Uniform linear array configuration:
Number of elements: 24
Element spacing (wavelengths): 0.75
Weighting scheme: blackman
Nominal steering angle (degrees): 45
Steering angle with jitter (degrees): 43.267
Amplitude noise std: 0.05
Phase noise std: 0.05

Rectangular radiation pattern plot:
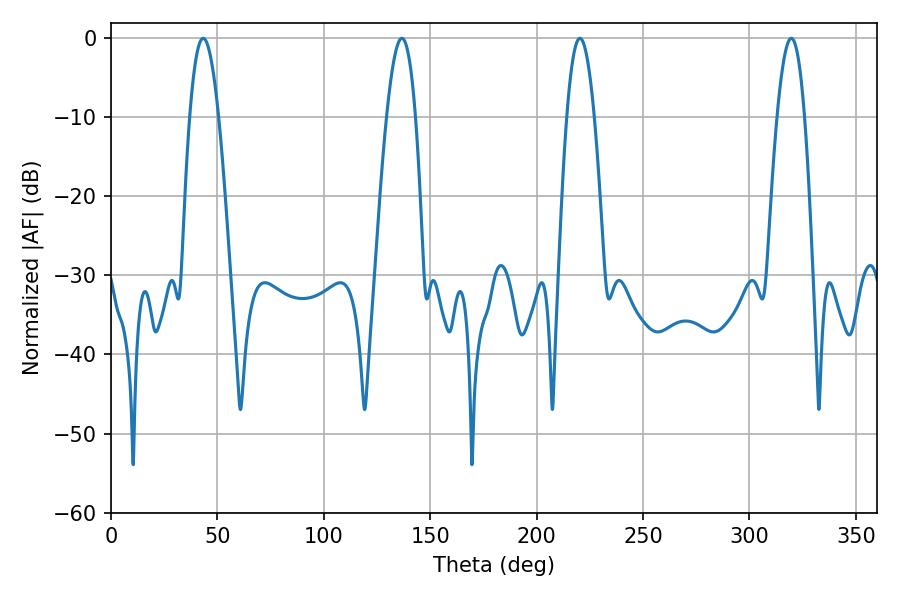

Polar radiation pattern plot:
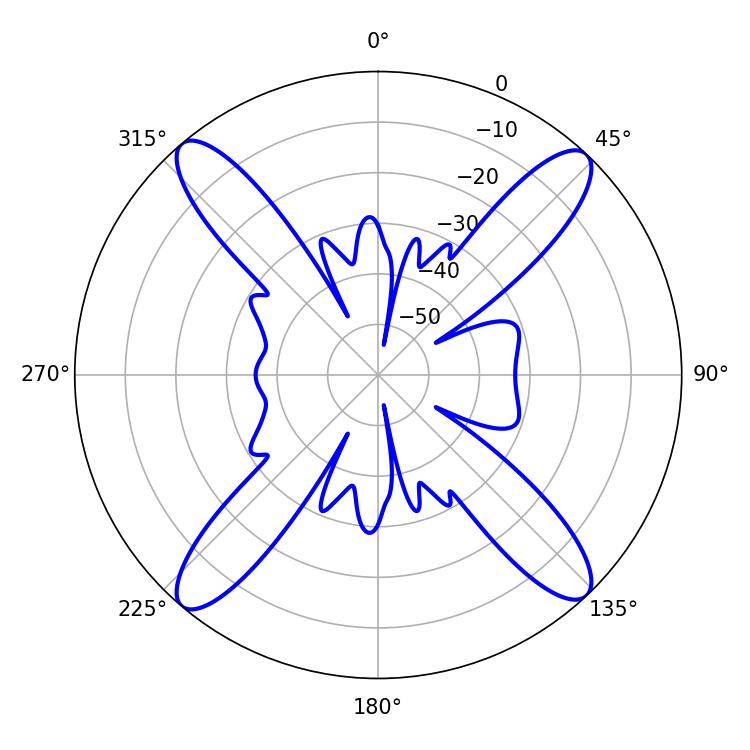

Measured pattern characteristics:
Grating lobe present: TRUE
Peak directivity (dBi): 20.004
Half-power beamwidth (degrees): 7.02
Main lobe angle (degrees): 220.32